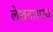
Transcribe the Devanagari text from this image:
लेखनालाच